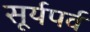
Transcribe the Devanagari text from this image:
सूर्यपर्व